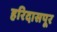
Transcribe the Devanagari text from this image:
हरिदासपूर